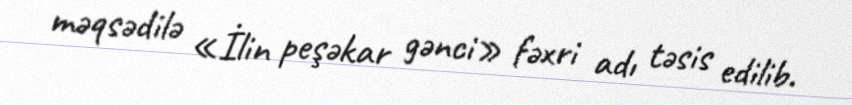
məqsədilə «İlin peşəkar gənci» fəxri adı təsis edilib.